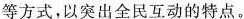
等方式，以突出全民互动的特点。